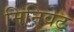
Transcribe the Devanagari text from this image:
मिनिवेट